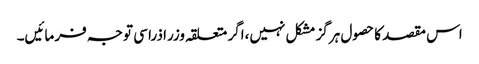
اس مقصد کا حصول ہرگز مشکل نہیں،اگر متعلقہ وزرا ذرا سی توجہ فرمائیں۔